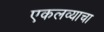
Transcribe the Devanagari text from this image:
एकलव्याचा